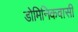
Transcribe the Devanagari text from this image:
डोमिनिकवासी